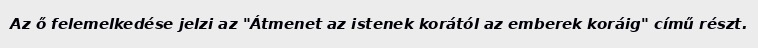
Az ő felemelkedése jelzi az "Átmenet az istenek korától az emberek koráig" című részt.